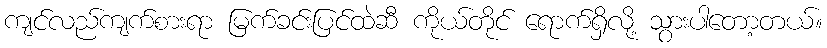
ကျင်လည်ကျက်စားရာ မြက်ခင်းပြင်ထဲဆီ ကိုယ်တိုင် ရောက်ရှိလို့ သွားပါတော့တယ်။